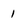
Character: 1